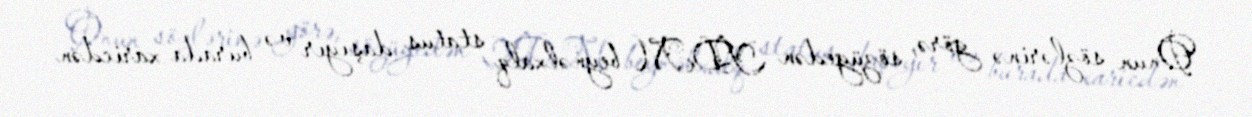
Onun sözlərinə görə, sözügedən YDM beynəlxalq status daşıyır və burada xaricdən